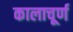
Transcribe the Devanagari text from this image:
कालाचूर्ण